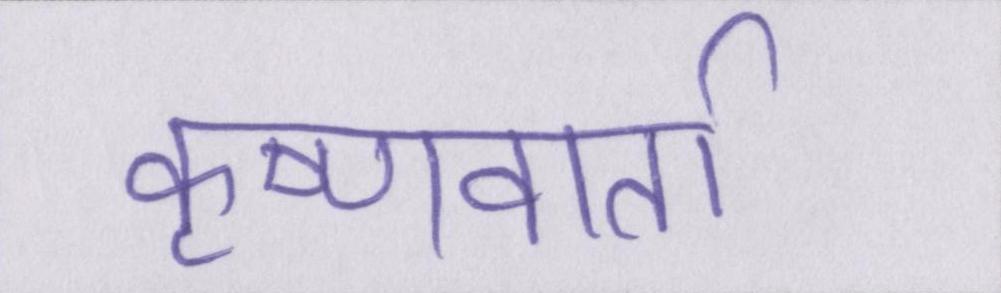
कृष्णवार्ता